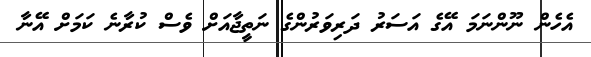
އެހެން ނޫންނަމަ އޭގެ އަސަރު ދަރިވަރުންގެ ނަތީޖާއަށް ވެސް ކުރާނެ ކަމަށް އޭނާ